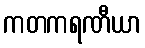
ကတကရဏီယာ